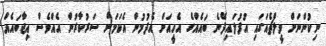
ނިކުންނަށް ވީލްޗެއަގައި އުފުލައިދޭނެ ބައެއްގެ އެހީއަށް އެދުމުން އެކަމަށް ސަރުކާރުން އެއްވެސް އިޖާބައެއް